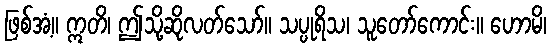
ဖြစ်အံ့။ ဣတိ၊ ဤသို့ဆိုလတ်သော်။ သပ္ပုရိသ၊ သူတော်ကောင်း။ ဟောမိ၊